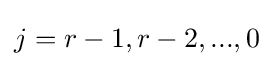
j=r-1,r-2,...,0